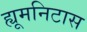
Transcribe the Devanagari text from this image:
ह्यूमनिटास